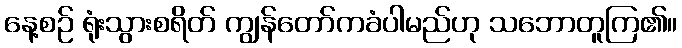
နေ့စဉ် ရုံးသွားစရိတ် ကျွန်တော်ကခံပါမည်ဟု သဘောတူကြ၏။